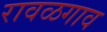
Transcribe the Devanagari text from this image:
रावळगाव